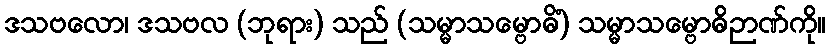
ဒသဗလော၊ ဒသဗလ (ဘုရား) သည် (သမ္မာသမ္ဗောဓိံ) သမ္မာသမ္ဗောဓိဉာဏ်ကို။